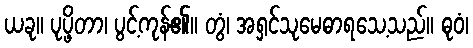
ယခု။ ပုပ္ဖိတာ၊ ပွင့်ကုန်၏။ တွံ၊ အရှင်သုမေဓာရသေ့သည်။ ဓုဝံ၊